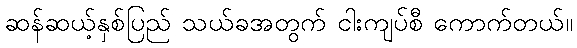
ဆန်ဆယ့်နှစ်ပြည် သယ်ခအတွက် ငါးကျပ်စီ ကောက်တယ်။